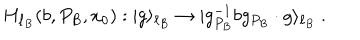
H _ { \ell _ { B } } ( b , P _ { B } , x _ { 0 } ) : | g \rangle _ { \ell _ { B } } \to | g _ { P _ { B } } ^ { - 1 } b g _ { P _ { B } } \cdot g \rangle _ { \ell _ { B } } ~ .